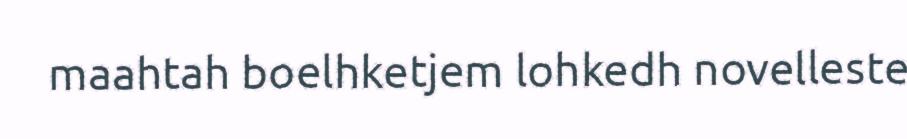
maahtah boelhketjem lohkedh novelleste